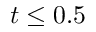
t \leq 0 . 5